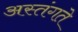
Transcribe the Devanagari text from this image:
अस्तंगते